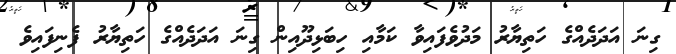
ގިނަ އަދަދެއްގެ ހަތިޔާރު މަދުވެފައިވާ ކަމާއި ހިބަޅިދޫއިން ގިނަ އަދަދެއްގެ ހަތިޔާރު ފެނިފައިވެ